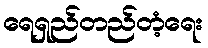
ရေရှည်တည်တံ့ရေး